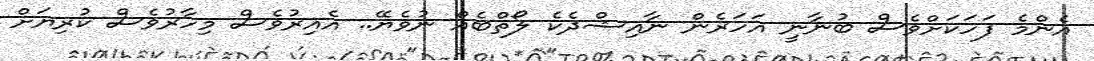
އެންމެ ފަހަކަށްވެސް ބުނާނީ އަހަރެން ނާއިޝްދެކެ ލޯތްބެއް ނުވެޔޭ.. އެއިރުވެސް މިހާރުވެސް ކުރިޔަށް